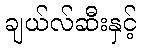
ချယ်လ်ဆီးနှင့်